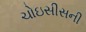
ચોઇસીસની